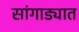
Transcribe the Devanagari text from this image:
सांगाड्यात